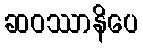
ဆဝဿာနိပေ